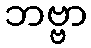
ဘဗ္ဗာ